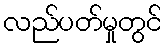
လည်ပတ်မှုတွင်